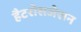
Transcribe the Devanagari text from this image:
हैटरोसजेशन